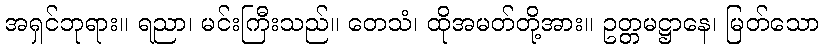
အရှင်ဘုရား။ ရညာ၊ မင်းကြီးသည်။ တေသံ၊ ထိုအမတ်တို့အား။ ဥတ္တမဋ္ဌာနေ၊ မြတ်သော